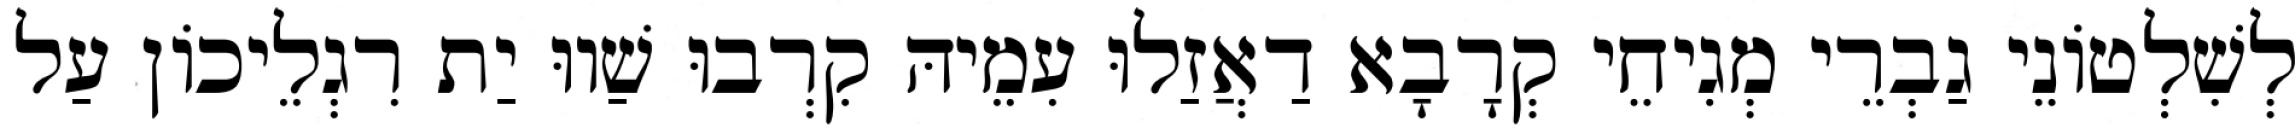
לְשִׁלְטוֹנֵי גַבְרֵי מְגִיחֵי קְרָבָא דַאֲזַלוּ עִמֵיהּ קִרְבוּ שַׁווּ יַת רִגְלֵיכוֹן עַל